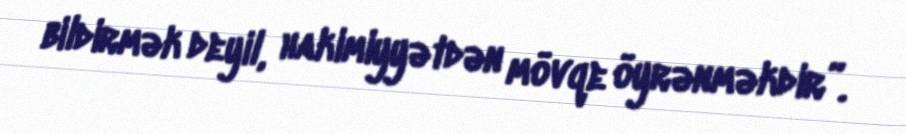
bildirmək deyil, hakimiyyətdən mövqe öyrənməkdir”.